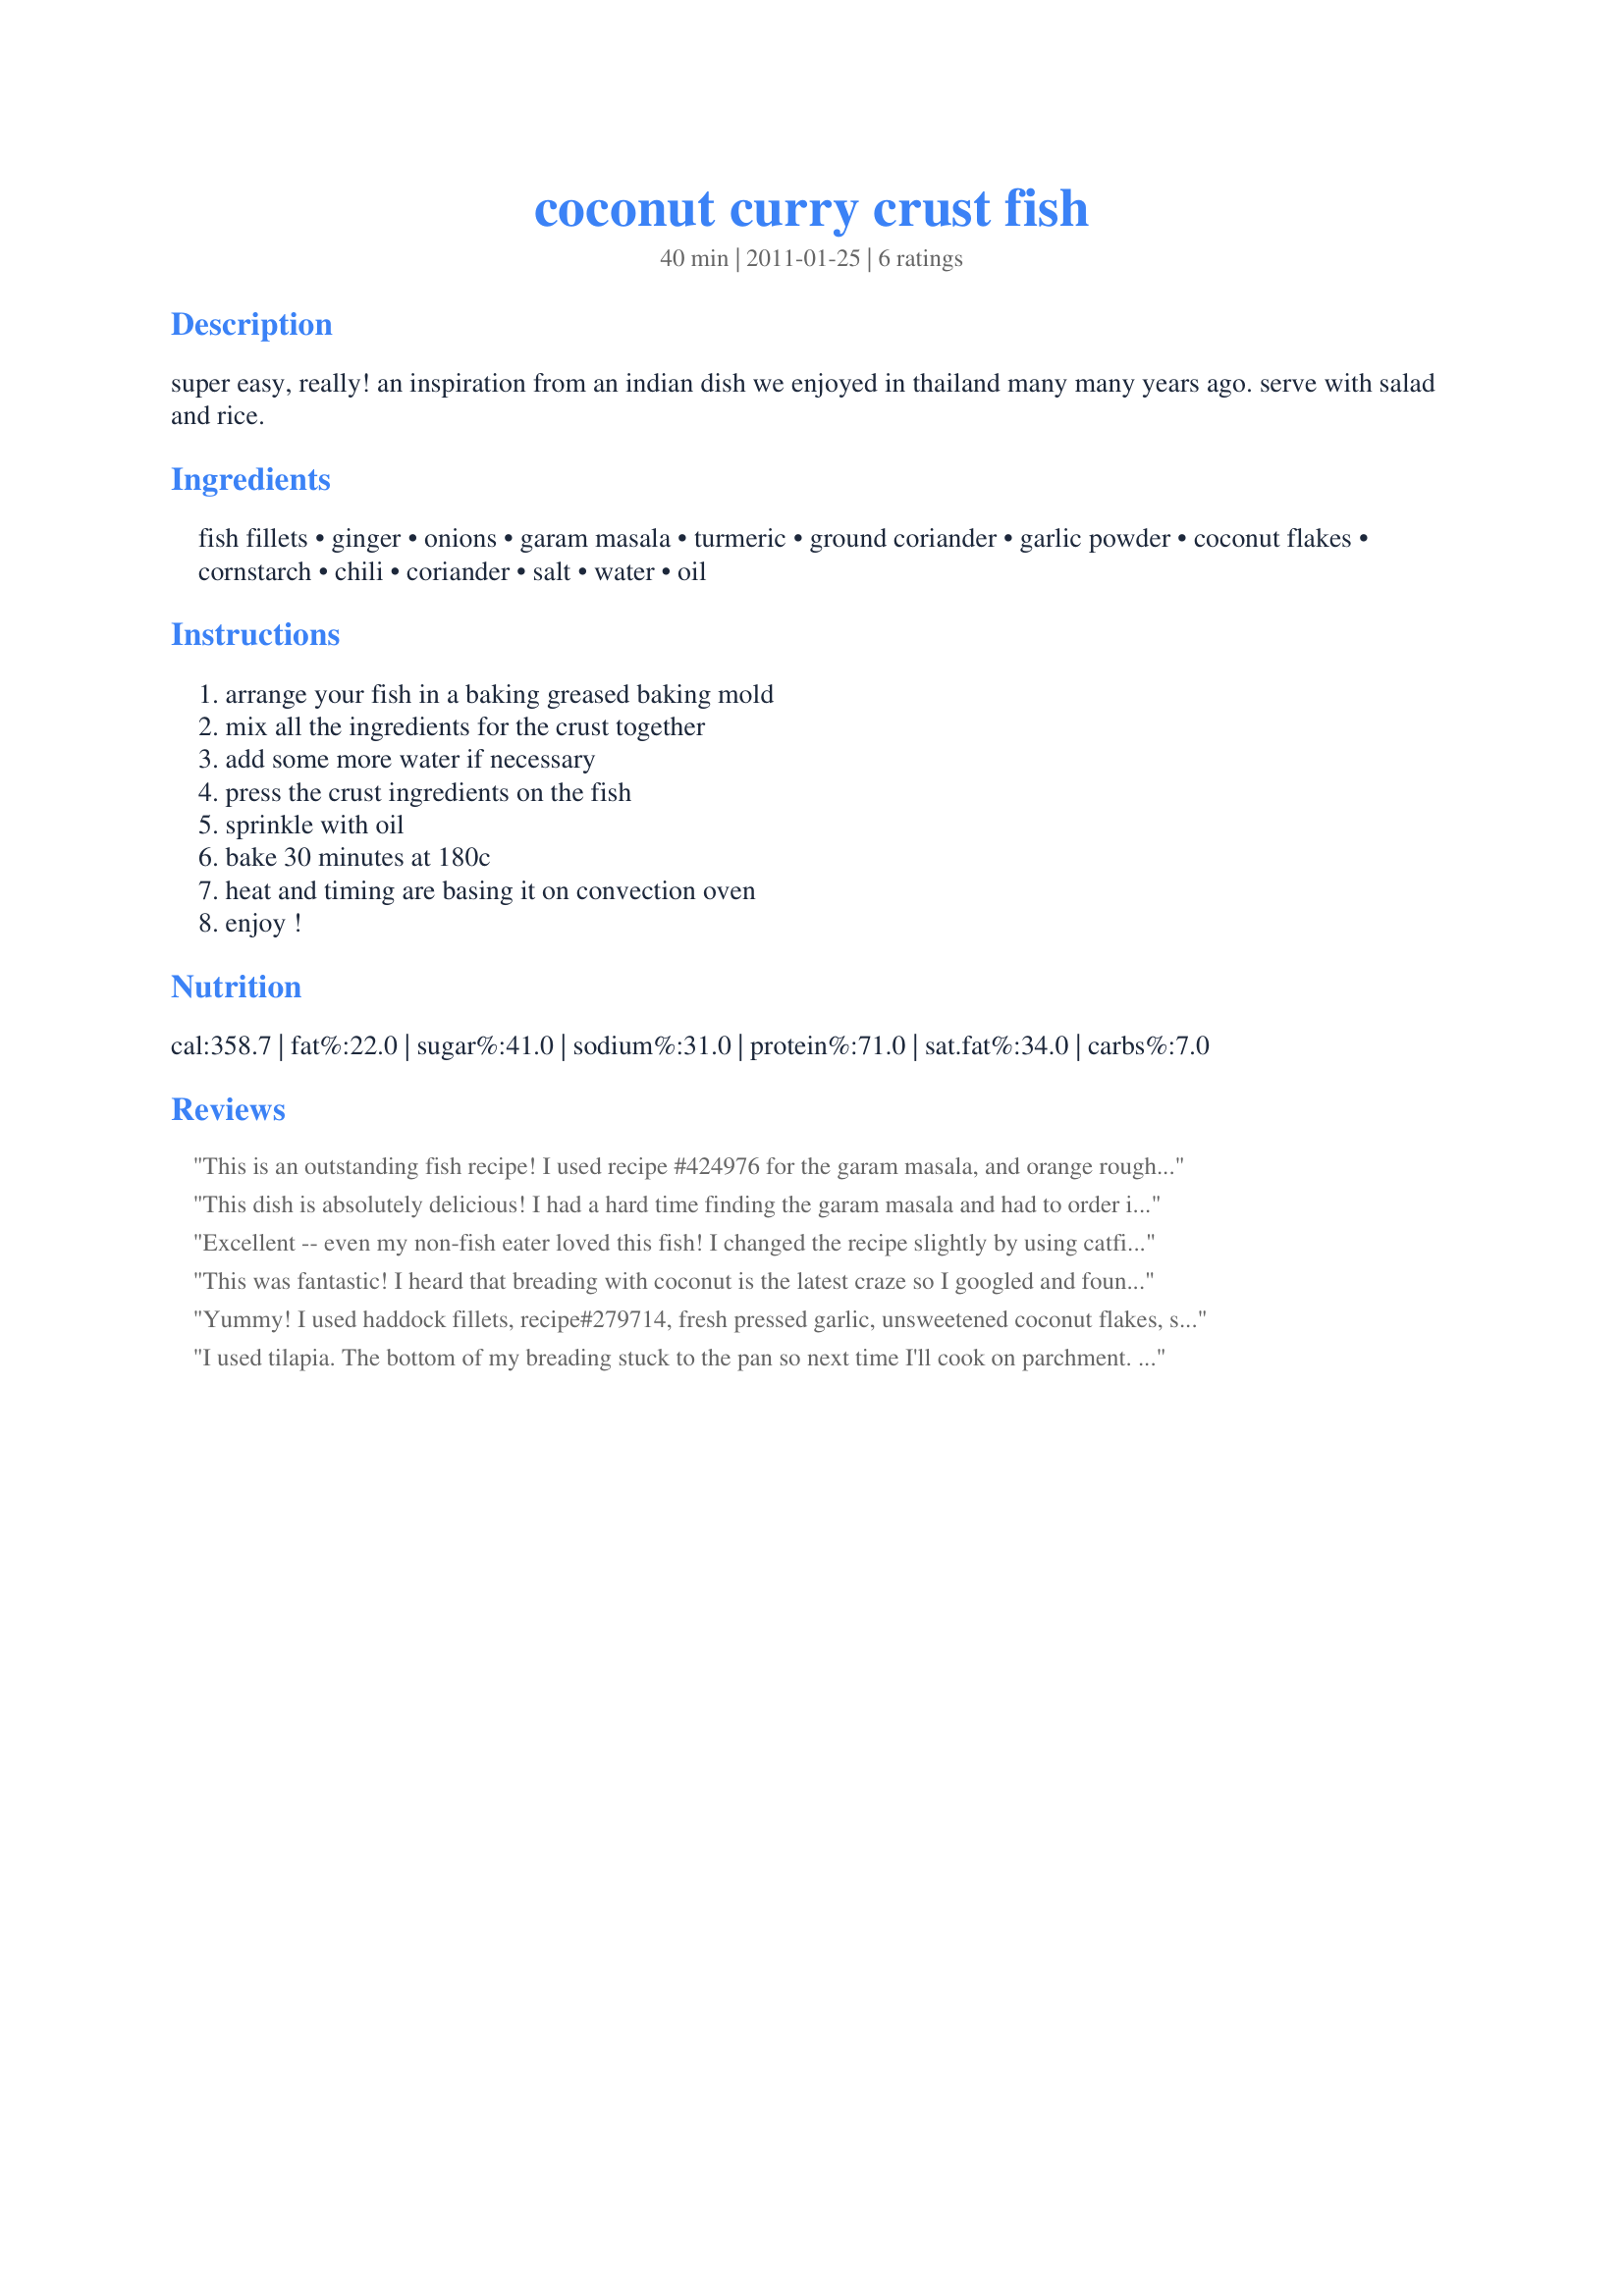
coconut curry crust fish
Preparation time: 40 minutes

super easy, really!
an inspiration from an indian dish we enjoyed in thailand many many years ago.
serve with salad and rice.

Ingredients:
fish fillets, ginger, onions, garam masala, turmeric, ground coriander, garlic powder, coconut flakes, cornstarch, chili, coriander, salt, water, oil

Steps:
arrange your fish in a baking greased baking mold, mix all the ingredients for the crust together, add some more water if necessary, press the crust ingredients on the fish, sprinkle with oil, bake 30 minutes at 180c, heat and timing are basing it on convection oven, enjoy !

Reviews:
This is an outstanding fish recipe! I used recipe #424976 for the garam masala, and orange roughy for the fish. I used a little more chili pepper than called for. The cook time was just perfect for this. I only pressed the crust on the top of the fish so I had no problem with sticking. Thanks for sharing a great recipe!
This dish is absolutely delicious! I had a hard time finding the garam masala and had to order it online but I'm so glad I did. The cook time was absolutely perfect which of course is incredibly important with fish (I usuually don't get that part right!). I know I will be making this dish for years to come; thanks for posting this winner!
Excellent -- even my non-fish eater loved this fish! I changed the recipe slightly by using catfish (about 1 pound), skipping the garam masala but using the chili powder and using a sprinkling of instant onions and I forgot the oil. Cooked in 350-degree oven for 30 minutes -- perfect timing by the way and served with a tossed salad for a very good and satisfying dinner. Thanks for sharing!
This was fantastic! I heard that breading with coconut is the latest craze so I googled and found your recipe. I just threw all the ingredients in a food processor and patted them on the fish. I left the fish in the oven for about 10 minutes longer to get more of a crust. This is definitely a keeper that I will be making for a long time to come. Thank you!
Yummy! I used haddock fillets, recipe#279714, fresh pressed garlic, unsweetened coconut flakes, sweet rice flour in place of cornstarch as it acts like a starch and we are corn free, sea salt to taste, canola oil to be soy free, no optionals, plus the rest of the ingredients. I took Queen Dana's advice and cooked on parchment paper. Much easier clean up too. Served with a pilau (rice) & recipe#445718 for a simple Indian meal.
I used tilapia. The bottom of my breading stuck to the pan so next time I'll cook on parchment. Very tasty.
